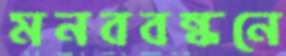
মনববন্ধনে